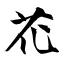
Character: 花